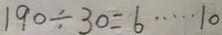
1 9 0 \div 3 0 = 6 \cdots 1 0